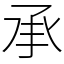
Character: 承